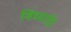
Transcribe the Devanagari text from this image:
विंध्याद्रि